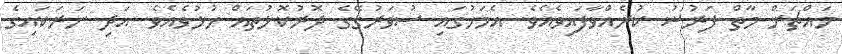
މައްޗަށް މާތް ފަރުޟު ކުރެއްވާފައިވެއެވެ. އެމަހުގައި ސުވަރުގޭގެ ދޮރުކޮޅުތައް ހުޅުވެއެވެ. އަދި ނަރަަކައިގެ